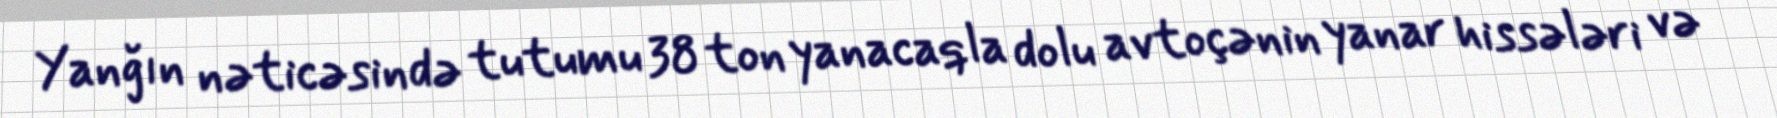
Yanğın nəticəsində tutumu 38 ton yanacaqla dolu avtoçənin yanar hissələri və